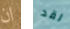
ان لقد